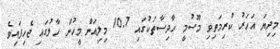
މިދިޔަ އަހަރު ކުރިމަތިވި މޫސުމީ ހާދިސާތަކުގައި 10.7 މިލިއަން މީހުން ހާލުގައި ޖެހިފައިވެ